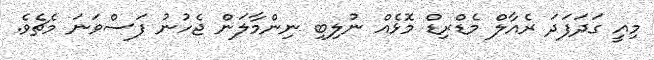
މިއީ ގަދަފަދަ ރެއާލް މެޑްރިޑް މޮޅެއް ނުލިބި ނިންމާލަން ޖެހުނު ފަސްވަނަ މެޗެވެ.